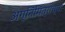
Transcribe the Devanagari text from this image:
अग्निमित्राच्या